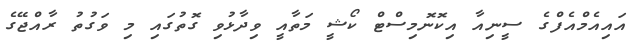
އައިއެމްއެފްގެ ސީނިއާ އިކޮނޮމިސްޓް ކޯޝީ މަތާއީ ވިދާޅުވި ގޮތުގައި މި ވަގުތު ރާއްޖޭގެ